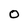
Character: 0